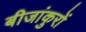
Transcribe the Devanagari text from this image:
बीजांकुरों